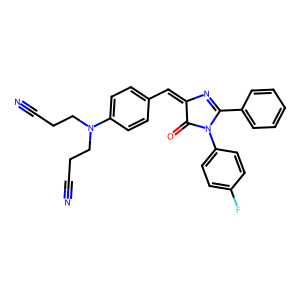
SMILES: N#CCCN(CCC#N)c1ccc(C=C2N=C(c3ccccc3)N(c3ccc(F)cc3)C2=O)cc1
Inhibits HIV replication: No